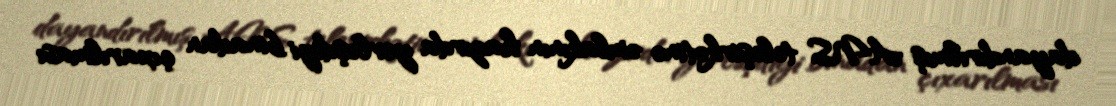
dayandırılmış ANS teleşirkətinə əmlakının hazırda yerləşdiyi binadan çıxarılması